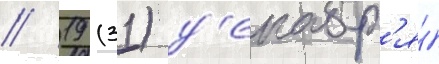
// 19 (31) д'екабр'я́